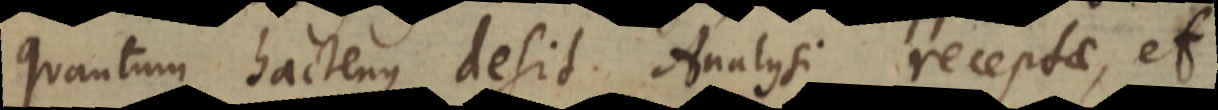
quantum hactenus desit Analysi receptae, et